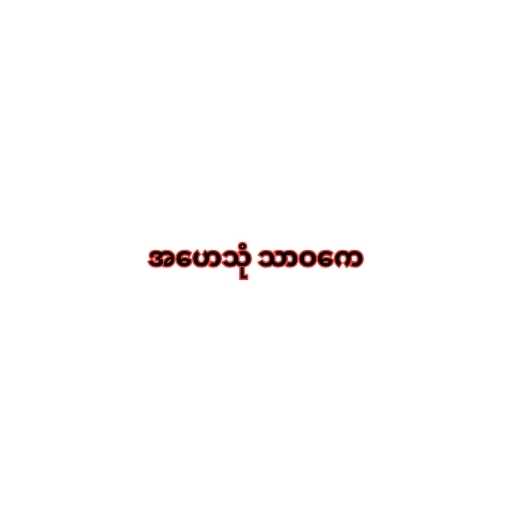
အဟေသုံ သာဝကေ